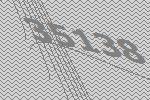
35138